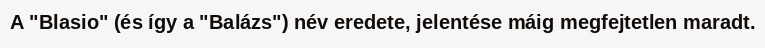
A "Blasio" (és így a "Balázs") név eredete, jelentése máig megfejtetlen maradt.